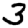
Digit: 3